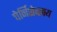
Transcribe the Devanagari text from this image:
चेर्निशेव्स्क्य